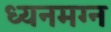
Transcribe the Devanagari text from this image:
ध्‍यनमग्‍न